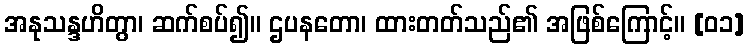
အနုသန္ဒဟိတွာ၊ ဆက်စပ်၍။ ဌပနတော၊ ထားတတ်သည်၏ အဖြစ်ကြောင့်။ [၀၁]